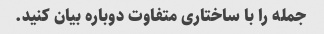
جمله را با ساختاری متفاوت دوباره بیان کنید.